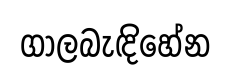
ගාලබැඳිහේන